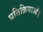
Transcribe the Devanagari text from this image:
प्रतिक्रियाओं।